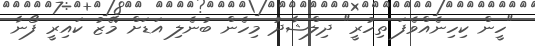
"ހީން ކިހިނެއްވެފަ ތިހުރީ" ދިލްޝާދު މިހެން ބުނެލި އަޑަށް މޭޒު ކައިރީ ފޯނާ